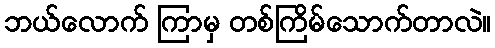
ဘယ်လောက် ကြာမှ တစ်ကြိမ်သောက်တာလဲ။